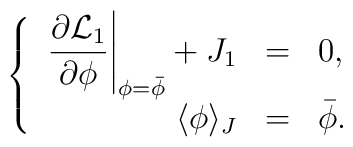
\left\{\begin{array}{rcl}     \displaystyle \left.     \frac{\partial{\cal L}_{1}}{\partial \phi}\right|_{\phi=\bar{\phi}}+J_{1}&=&0 ,\\     \langle \phi \rangle_{J}&=&\bar{\phi} . \end{array}\right.